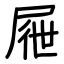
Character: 屜